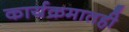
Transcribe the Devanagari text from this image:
कार्यक्रमातही